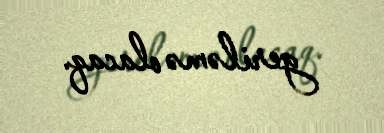
geriləmə olacaq.